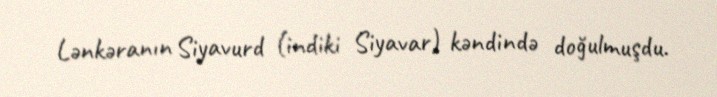
Lənkəranın Siyavurd (indiki Siyavar) kəndində doğulmuşdu.